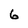
Character: 6